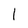
Character: l